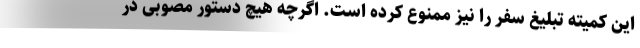
این کمیته تبلیغ سفر را نیز ممنوع کرده است. اگرچه هیچ دستور مصوبی در